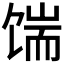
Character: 𩠊